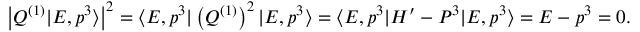
\left| Q ^ { ( 1 ) } \vert E , p ^ { 3 } \rangle \right| ^ { 2 } = \langle E , p ^ { 3 } \vert \left( Q ^ { ( 1 ) } \right) ^ { 2 } \vert E , p ^ { 3 } \rangle = \langle E , p ^ { 3 } \vert H ^ { \prime } - P ^ { 3 } \vert E , p ^ { 3 } \rangle = E - p ^ { 3 } = 0 .